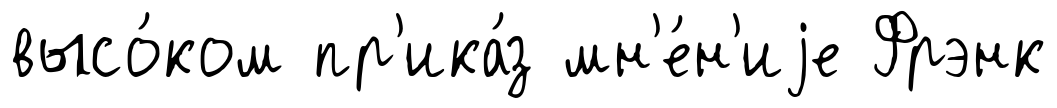
высо́ком пр'ика́з мн'е́н'иjе Фрэнк